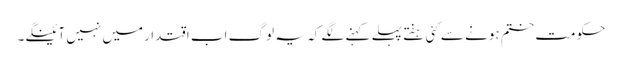
حکومت ختم ہونے سے کئی ہفتے پہلے کہنے لگے کہ یہ لوگ اب اقتدارمیں نہیں آئینگے۔